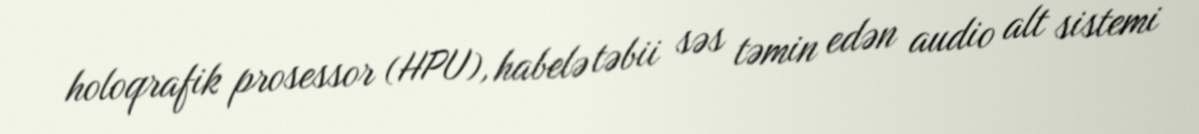
holoqrafik prosessor (HPU), habelə təbii səs təmin edən audio alt sistemi